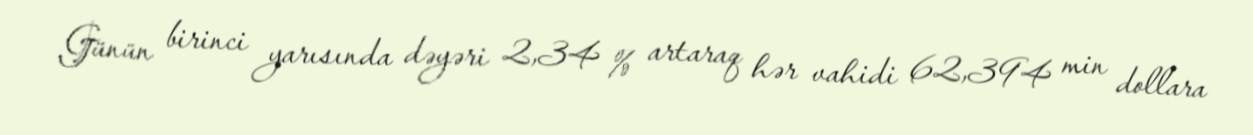
Günün birinci yarısında dəyəri 2,34 % artaraq hər vahidi 62,394 min dollara